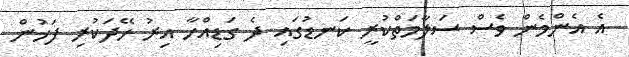
އެ އެންމެން ވެސް ސަލާމަތްކުރީ ކަނޑުގައި ދެ ގަޑިއްހާ އިރު ހޭދަކުރި ފަހުން